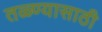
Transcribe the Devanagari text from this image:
तळ्ण्यासाठी